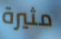
مثيرة